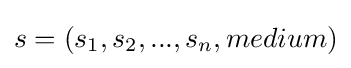
s=(s_{1},s_{2},...,s_{n},medium)